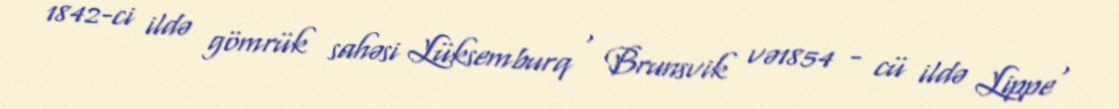
1842-ci ildə gömrük sahəsi Lüksemburq , Brunsvik və1854 - cü ildə Lippe ,